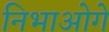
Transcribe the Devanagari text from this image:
निभाओगे